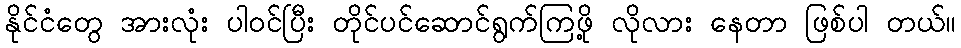
နိုင်ငံတွေ အားလုံး ပါဝင်ပြီး တိုင်ပင်ဆောင်ရွက်ကြဖို့ လိုလား နေတာ ဖြစ်ပါ တယ်။